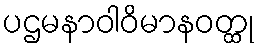
ပဌမနာဝါဝိမာနဝတ္ထု